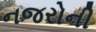
નજરોની